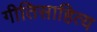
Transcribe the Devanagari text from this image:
गीतिसाहित्य